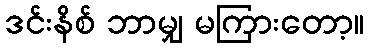
ဒင်းနိစ် ဘာမျှ မကြားတော့။